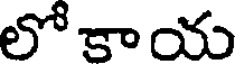
లోకాయ